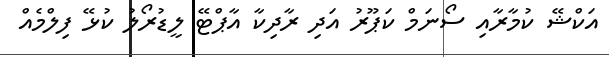
އަކްޝޭ ކުމާރާއި ސޯނަމް ކަޕޫރު އަދި ރާދިކާ އާޕްޓޭ ލީޑުރޯލު ކުޅޭ ފިލްމެއް